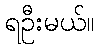
ရဦးမယ်။